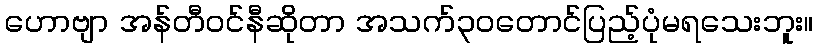
ဟောဗျာ အန်တီဝင်နီဆိုတာ အသက်၃ဝတောင်ပြည့်ပုံမရသေးဘူး။